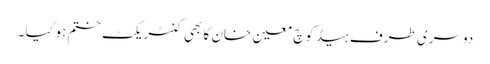
دوسری طرف ہیڈ کوچ معین خان کا بھی کنٹریکٹ ختم ہو گیا ۔